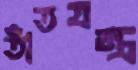
তাঁতযন্ত্র